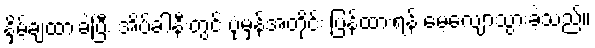
နှိမ့်ချထားခဲ့ပြီး အိပ်ခါနီးတွင် ပုံမှန်အတိုင်း ပြန်ထားရန် မေ့လျောသွားခဲ့သည်။